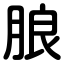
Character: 朖